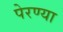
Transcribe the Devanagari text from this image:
पेरण्या